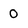
Character: 0